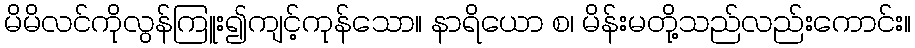
မိမိလင်ကိုလွန်ကြူး၍ကျင့်ကုန်သော။ နာရိယော စ၊ မိန်းမတို့သည်လည်းကောင်း။